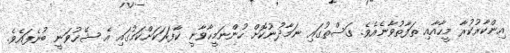
އިންކާރުކުރާ މީހާއާއި ތަފާތުވާނެއެވެ. ގަސްތުގައި ނަމާދުނުކޮށް ހުންނަމީހާވާނީ ކާފަރަކަށްކަމުގައި އެ ޝޭޚުވަނީ ބުނެފައެވެ.